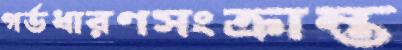
গর্ভধারণসংক্রান্ত